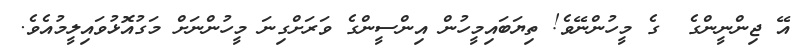
އޭ ޖިންނީންގެ  ގެ މީހުންނޭވެ! ތިޔަބައިމީހުން އިންސީންގެ ވަރަށްގިނަ މީހުންނަށް މަގުއޮޅުވައިލީމުއެވެ.